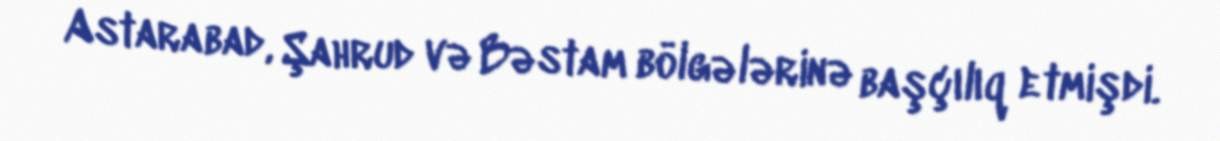
Astarabad, Şahrud və Bəstam bölgələrinə başçılıq etmişdi.